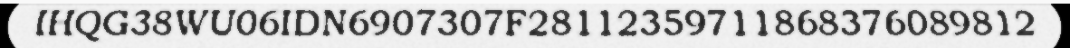
IHQG38WU06IDN6907307F28112359711868376089812